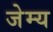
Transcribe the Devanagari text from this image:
जेम्य